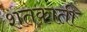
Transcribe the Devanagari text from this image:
शतकाती